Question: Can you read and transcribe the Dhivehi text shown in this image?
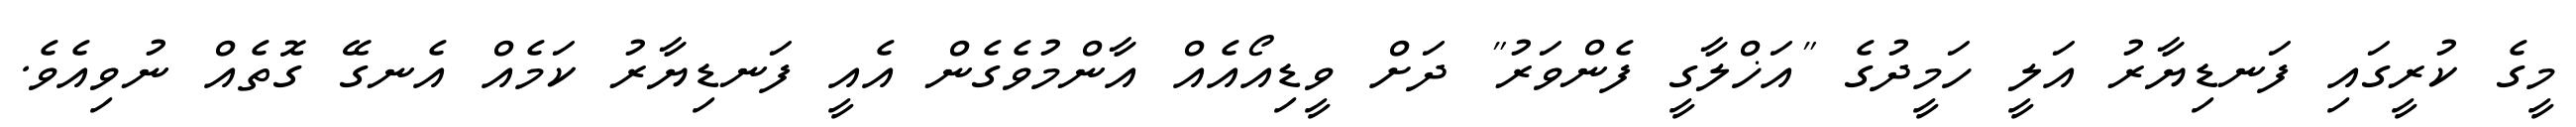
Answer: މީގެ ކުރީގައި ފަނޑިޔާރު އަލީ ހަމީދުގެ "އަޚްލާގީ ފެންވަރު" ދަށް ވީޑިއޯއެއް އާންމުވެގެން އެއީ ފަނޑިޔާރު ކަމެއް އެނގޭ ގޮތެއް ނުވިއެވެ.